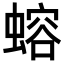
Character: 𬠣